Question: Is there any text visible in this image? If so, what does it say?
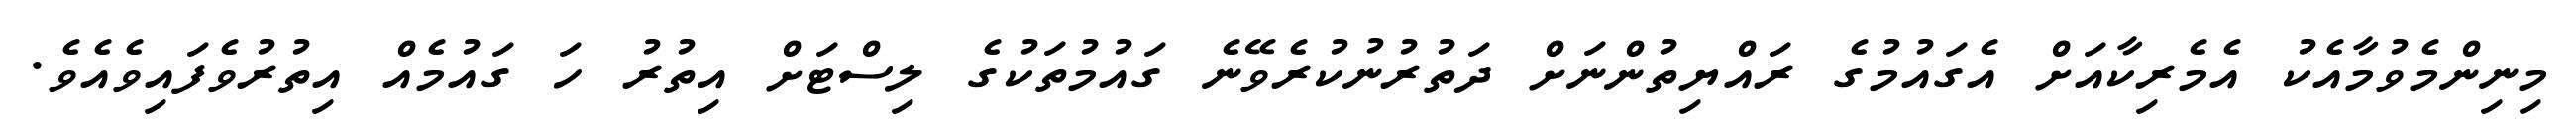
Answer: މިނިންމެވުމާއެކު އެމެރިކާއަށް އެގައުމުގެ ރައްޔިތުންނަށް ދަތުރުނުކުރެވޭނެ ގައުމުތަކުގެ ލިސްޓަށް އިތުރު ހަ ގައުމެއް އިތުރުވެފައިވެއެވެ.